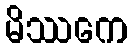
မိဿကေ